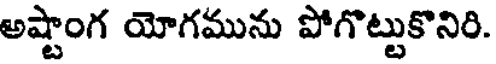
అష్టాంగ యోగమును పోగొట్టుకొనిరి.